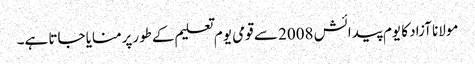
مولانا آزاد کا یوم پیدائش 2008 سے قومی یوم تعلیم کےطورپرمنایا جاتا ہے۔